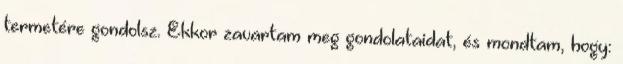
termetére gondolsz. Ekkor zavartam meg gondolataidat, és mondtam, hogy: